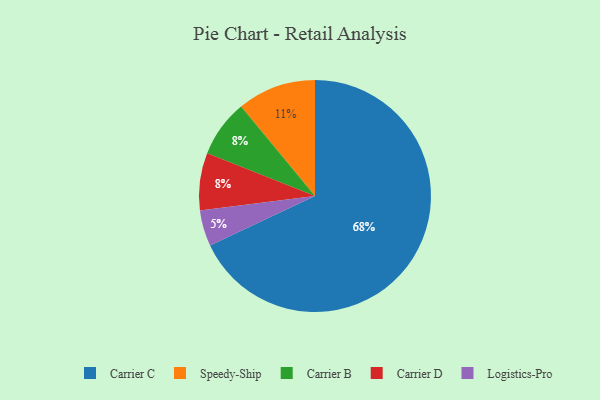
{"axis": {"x": "Category", "y": "Percentage"}, "legend": ["Carrier B", "Carrier C", "Carrier D", "Logistics-Pro", "Speedy-Ship"], "data": [{"x": "Carrier B", "y": 8, "type": "Carrier B"}, {"x": "Speedy-Ship", "y": 11, "type": "Speedy-Ship"}, {"x": "Carrier D", "y": 8, "type": "Carrier D"}, {"x": "Carrier C", "y": 68, "type": "Carrier C"}, {"x": "Logistics-Pro", "y": 5, "type": "Logistics-Pro"}]}